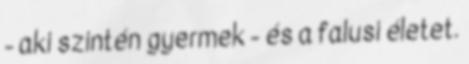
- aki szintén gyermek - és a falusi életet.